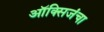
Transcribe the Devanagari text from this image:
ऑक्सिजंचा